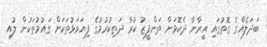
ބަދަލެއްގެ ގޮތުގައި އީރާނާ ދެކޮޅަށް ތަންފީޒު ކުރާ ދަތިކުރުމުގެ ފިޔަވަޅުތަކަށް ގައުމުތަކުން ލުއި